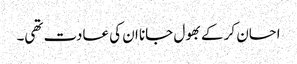
احسان کر کے بھول جانا ان کی عادت تھی۔